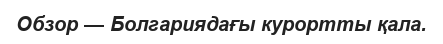
Обзор — Болгариядағы курортты қала.